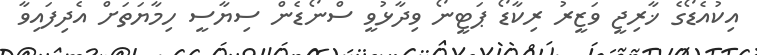
އިކުއެޑޯގެ ޚާރިޖީ ވަޒީރު ރިކާޑޯ ޕަޓީނޯ ވިދާޅުވީ ސްނޯޑެން ސިޔާސީ ހިމާޔަތަށް އެދިފައިވާ